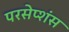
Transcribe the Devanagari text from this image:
परसेप्शंस